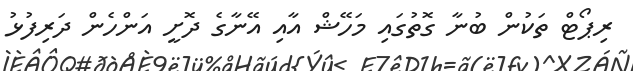
ރިޕޯޓް ތަކުން ބުނާ ގޮތުގައި މަހޭޝް އާއި އޭނާގެ ދޮށީ އަންހެން ދަރިފުޅު